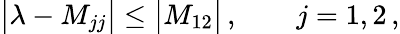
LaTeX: \big|\lambda-M_{jj}\big|\le\big|M_{12}\big|\, ,\qquad j=1,2\, ,